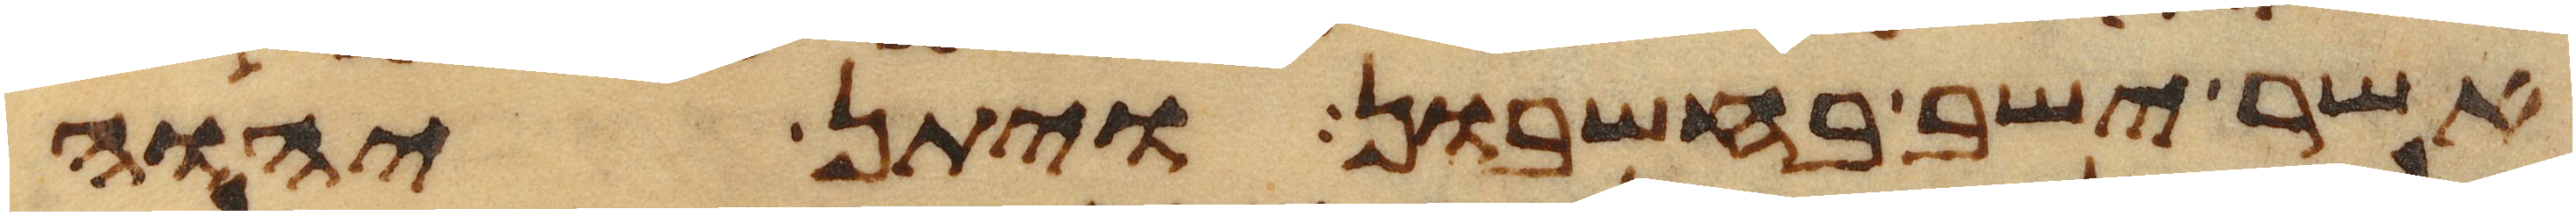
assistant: אשר ישב בחשבון ויתן יהוה